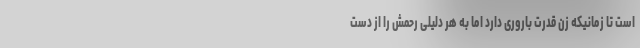
است تا زمانیکه زن قدرت باروری دارد اما به هر دلیلی رحمش را از دست